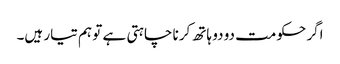
اگر حکومت دو دو ہاتھ کرنا چاہتی ہے تو ہم تیار ہیں۔